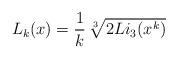
LaTeX: \begin{align*}L_k(x) = \frac{1}{k} \, \sqrt[3]{ 2 Li_3(x^k) }\end{align*}